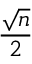
\frac { \sqrt { n } } { 2 }